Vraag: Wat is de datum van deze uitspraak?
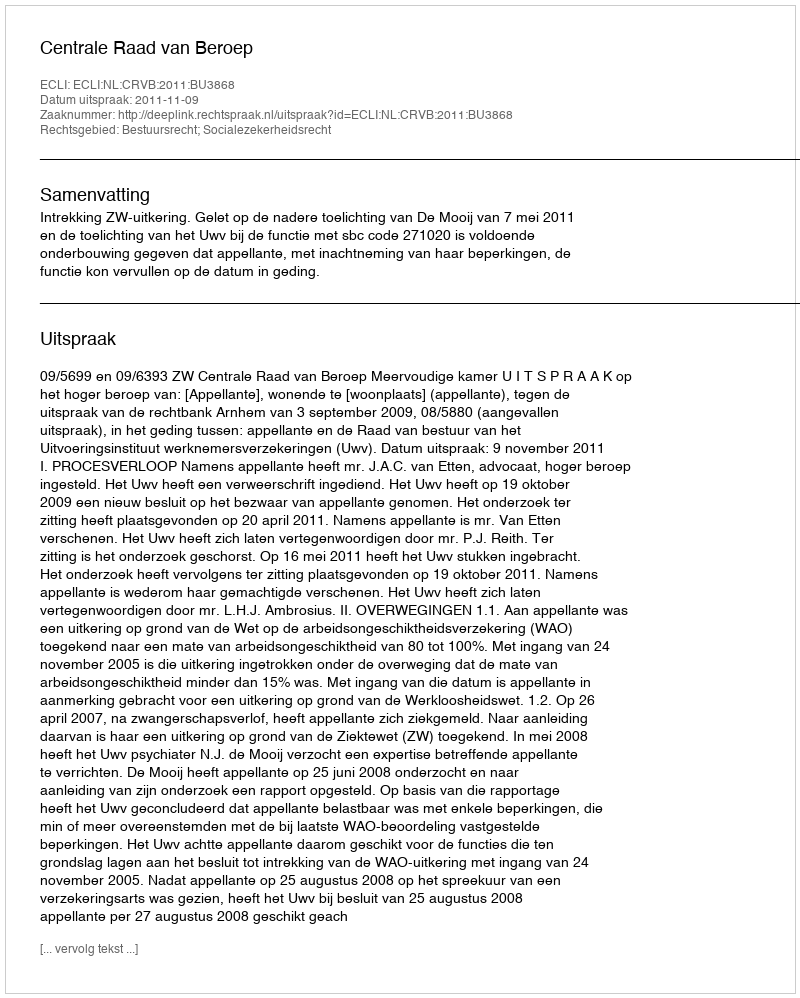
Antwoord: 2011-11-09